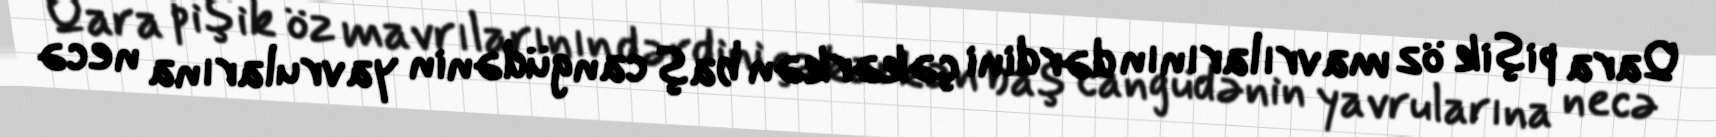
Qara pişik öz mavrılarının dərdini çəkərkən baş cangüdənin yavrularına necə